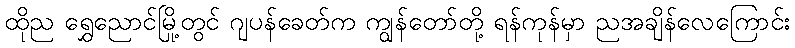
ထိုည ရွှေညောင်မြို့တွင် ဂျပန်ခေတ်က ကျွန်တော်တို့ ရန်ကုန်မှာ ညအချိန်လေကြောင်း